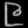
Digit: ၉